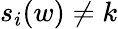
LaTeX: s_{i}(w)\neq k